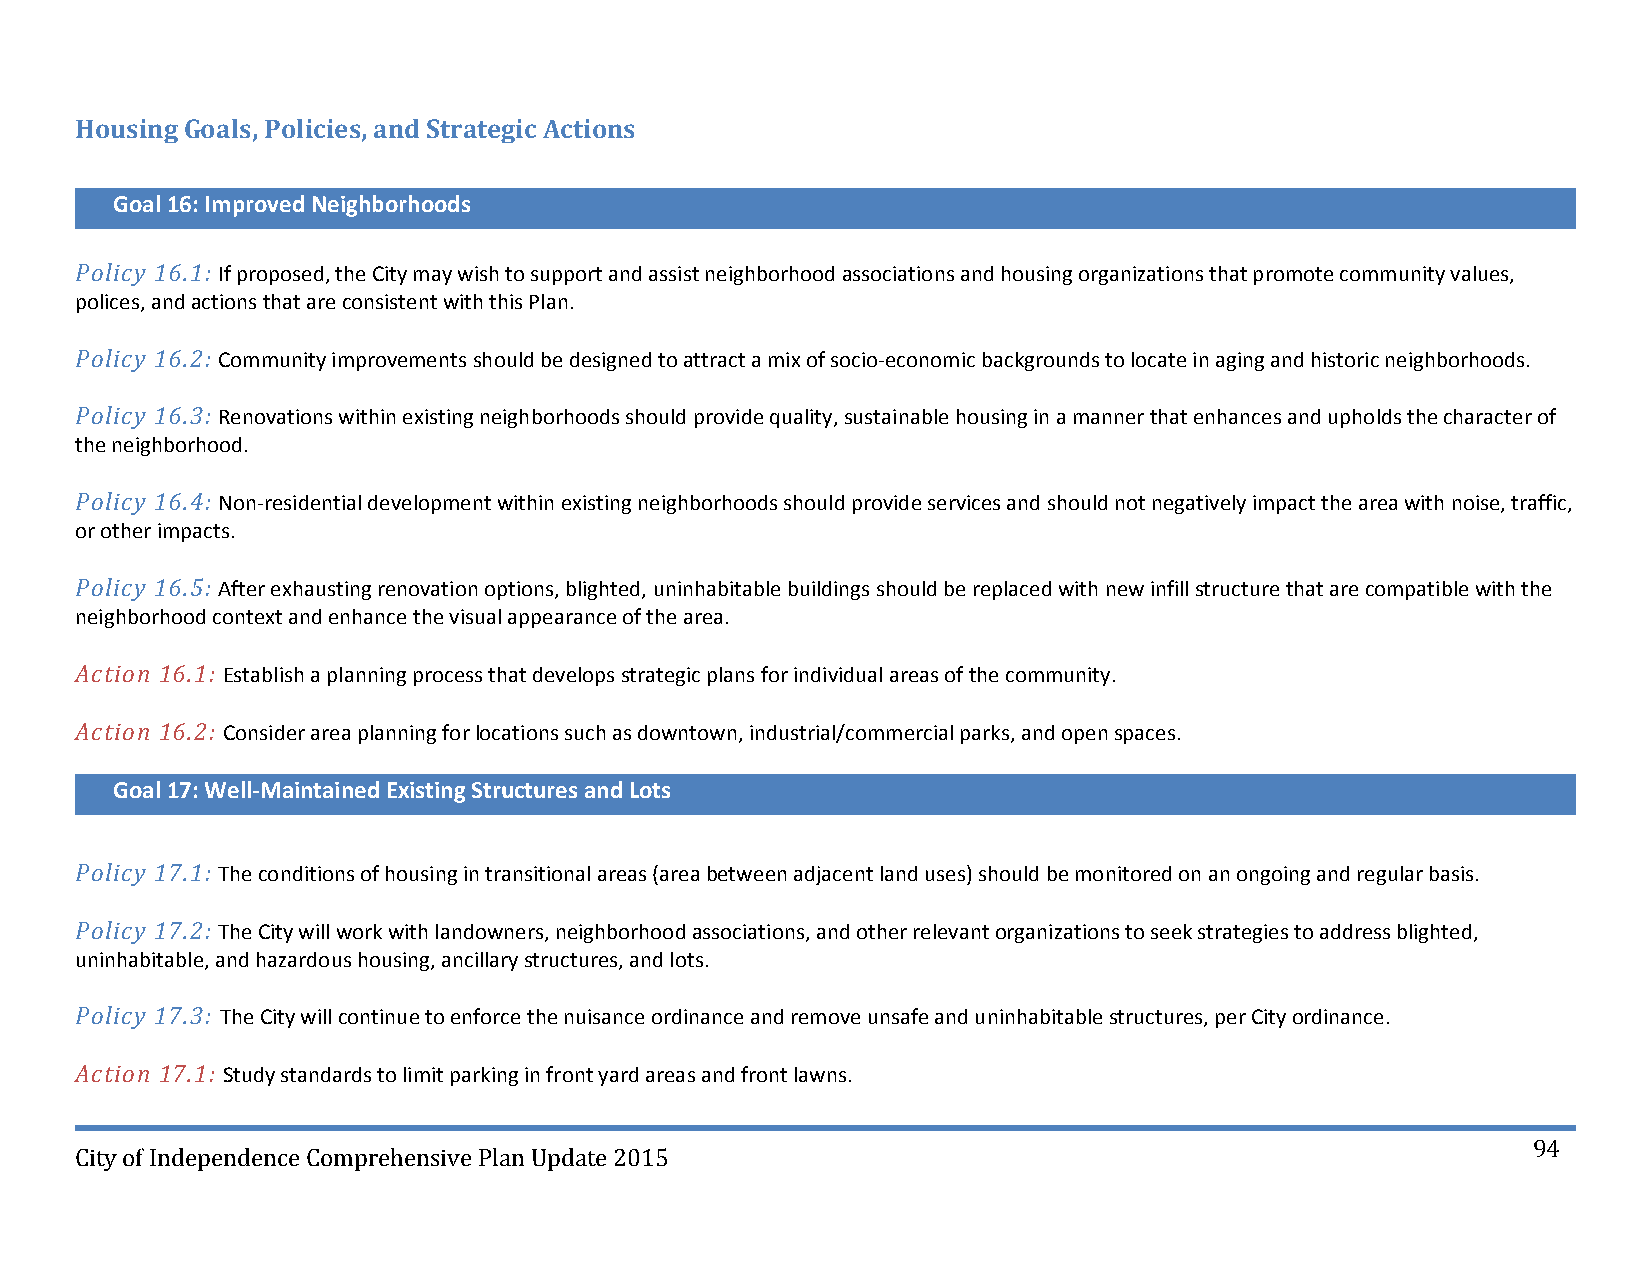
Housing Goals, Policies, and Strategic Actions
 Goal 16: Improved Neighborhoods
 Policy 16.1: If proposed, the City may wish to support and assist neighborhood associations and housing organizations that promote community values,
 polices, and actions that are consistent with this Plan.
 Policy 16.2: Community improvements should be designed to attract a mix of socio‐economic backgrounds to locate in aging and historic neighborhoods.
 Policy 16.3: Renovations within existing neighborhoods should provide quality, sustainable housing in a manner that enhances and upholds the character of
 the neighborhood.
 Policy 16.4: Non‐residential development within existing neighborhoods should provide services and should not negatively impact the area with noise, traffic,
 or other impacts.
 Policy 16.5: After exhausting renovation options, blighted, uninhabitable buildings should be replaced with new infill structure that are compatible with the
 neighborhood context and enhance the visual appearance of the area.
 Action 16.1: Establish a planning process that develops strategic plans for individual areas of the community.
 Action 16.2: Consider area planning for locations such as downtown, industrial/commercial parks, and open spaces.
 Goal 17: Well‐Maintained Existing Structures and Lots
 Policy 17.1: The conditions of housing in transitional areas (area between adjacent land uses) should be monitored on an ongoing and regular basis.
 Policy 17.2: The City will work with landowners, neighborhood associations, and other relevant organizations to seek strategies to address blighted,
 uninhabitable, and hazardous housing, ancillary structures, and lots.
 Policy 17.3: The City will continue to enforce the nuisance ordinance and remove unsafe and uninhabitable structures, per City ordinance.
 Action 17.1: Study standards to limit parking in front yard areas and front lawns.
 94
 City of Independence Comprehensive Plan Update 2015